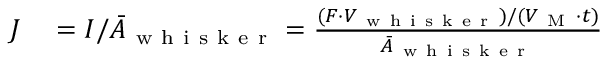
\begin{array} { r l } { J } & { { } = I / \bar { A } _ { \mathrm { ~ w ~ h ~ i ~ s ~ k ~ e ~ r ~ } } = \frac { ( F \cdot V _ { \mathrm { ~ w ~ h ~ i ~ s ~ k ~ e ~ r ~ } } ) / ( V _ { \mathrm { ~ M ~ } } \cdot t ) } { \bar { A } _ { \mathrm { ~ w ~ h ~ i ~ s ~ k ~ e ~ r ~ } } } } \end{array}